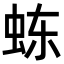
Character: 𬟽